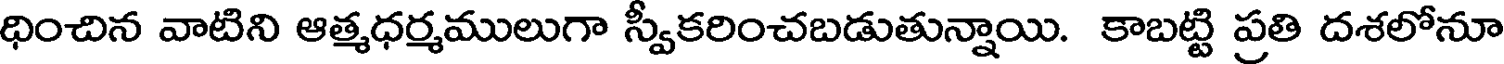
ధించిన వాటిని ఆత్మధర్మములుగా స్వీకరించబడుతున్నాయి. కాబట్టి ప్రతి దశలోనూ